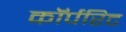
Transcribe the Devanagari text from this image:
कॉर्परिट